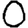
Digit: 0